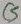
Text: C5